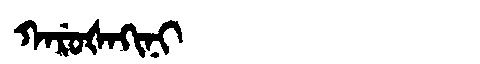
Manchu: ᡴᠠᡵᡠᡧᠠᡴᡳᠨᡳ
Romanization: KARUŠAKINI